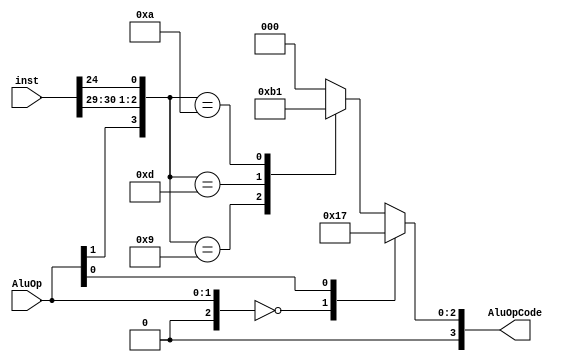
module AluControl
  #(
     parameter delay = 100
    )
    (
      input [1:0] AluOp,
      input [31:0] inst,
      output reg[3:0] AluOpCode
    );
    
    wire [5:0]opcheck;
    assign opcheck = {AluOp, inst[30], inst[29], inst[24]};
    
    always @(opcheck) begin
      AluOpCode = 4'b0;
 
      casex(opcheck)
        5'b00xxx: AluOpCode = 4'b0010;
        5'bx1xxx: AluOpCode = 4'b0111;
        5'b1x001: AluOpCode = 4'b0010;
        5'b1x101: AluOpCode = 4'b0110;
        5'b10000: AluOpCode = 4'b0000;
        5'b1x010: AluOpCode = 4'b0001;
      endcase
    end
  
endmodule